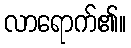
လာရောက်၏။